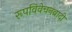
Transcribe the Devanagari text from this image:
रूपविवेचनवादी